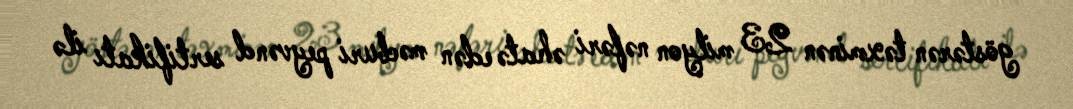
göstərən təxminən 23 milyon nəfəri əhatə edən məcburi peyvənd sertifikatı ilə